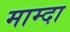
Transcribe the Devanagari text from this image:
माम्दा